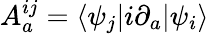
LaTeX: A_{a}^{ij}=\langle\psi_{j}|i\partial_{a}|\psi_{i}\rangle